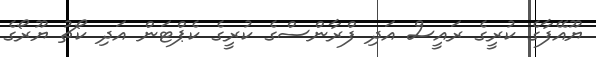
ޔޫއޭފާގެ ކުރީގެ ރައީސް އަދި ފްރާންސްގެ ކުރީގެ ކެޕްޓަން އަދި ކޯޗު ޔޫރޯގެ